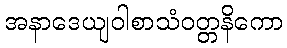
အနာဒေယျဝါစာသံဝတ္တနိကော